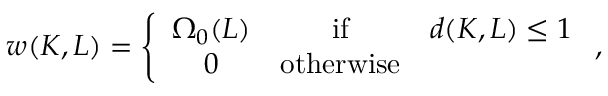
w ( K , L ) = \left\{ \begin{array} { c c c } { { \Omega _ { 0 } ( L ) } } & { { \mathrm { i f } } } & { { d ( K , L ) \leq 1 } } \\ { { 0 } } & { { \mathrm { o t h e r w i s e } } } & { { } } \end{array} \right. ,